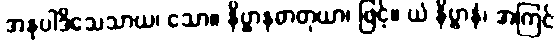
အနုပါဒိသေသာယ၊ သော။ နိဗ္ဗာနဓာတုယာ၊ ဖြင့်။ ယံ နိဗ္ဗာနံ၊ အကြင်